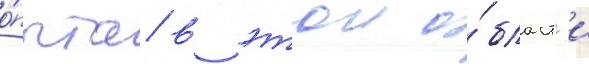
о́пыта в этои о́бласт'и